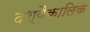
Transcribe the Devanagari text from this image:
दश्वैकालिक